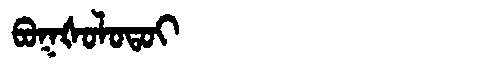
Manchu: ᠪᠣᡴᡧᠣᠯᠣᡨᠣᡳ
Romanization: BOKŠOLOTOI